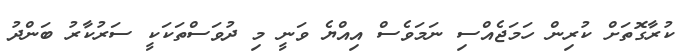
ކުރާގޮތަށް ކުރިން ހަމަޖެއްސި ނަމަވެސް އިއްޔެ ވަނީ މި ދުވަސްތަކަކީ ސަރުކާރު ބަންދު